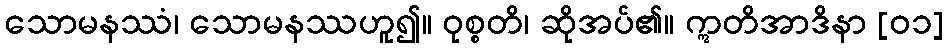
သောမနဿံ၊ သောမနဿဟူ၍။ ဝုစ္စတိ၊ ဆိုအပ်၏။ ဣတိအာဒိနာ [၀၁]